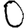
Digit: 0